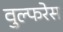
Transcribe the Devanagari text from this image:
वुल्फरेस